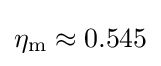
\eta _{\mathrm {m} }\approx 0.545